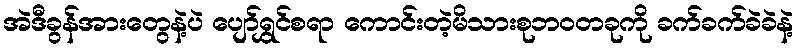
အဲဒီခွန်အားတွေနဲ့ပဲ ပျော်ရွှင်စရာ ကောင်းတဲ့မိသားစုဘဝတခုကို ခက်ခက်ခဲခဲနဲ့